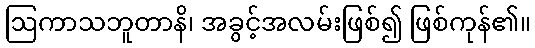
ဩကာသဘူတာနိ၊ အခွင့်အလမ်းဖြစ်၍ ဖြစ်ကုန်၏။